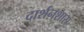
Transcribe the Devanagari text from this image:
दार्शनशास्र